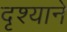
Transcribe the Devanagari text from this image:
दृश्याने